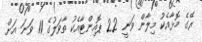
ރޭގެ މޮޅާއެކު މިލާން ވަނީ 22 ޕޮއިންޓާއެކު ތާވަލުގެ 11 ވަނަ އަށް